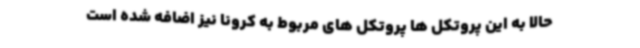
حالا به این پروتکل ها پروتکل های مربوط به کرونا نیز اضافه شده است